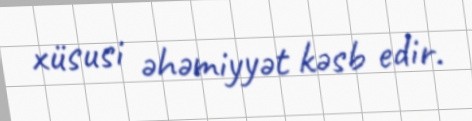
xüsusi əhəmiyyət kəsb edir.